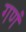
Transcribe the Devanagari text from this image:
गणं